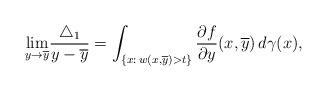
LaTeX: \begin{align*}\underset{y\rightarrow\overline{y}}{\lim}\frac{\triangle_1}{y-\overline{y}}=\int_{\left\{x:\,w(x,\overline{y})>t\right\}}\frac{\partial f}{\partial y}(x,\overline{y})\,d\gamma(x),\end{align*}